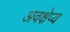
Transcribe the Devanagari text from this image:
अवक्षेप्य